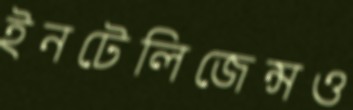
ইনটেলিজেন্সও